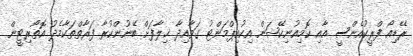
ރޭޑިއޯ ފްރީކުއެންސީ އާއި ކޮމިއުނިކޭޝަން އިކުއިޕްމަންޓު ގަވާއިދާ ޚިލާފަށް ބޭނުންކުރާ ފަރާތްތަކާމެދު އޮތޯރިޓީން